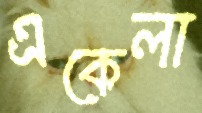
একেলা